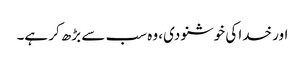
اور خدا کی خوشنودی، وہ سب سے بڑھ کر ہے۔